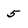
Character: 5